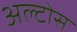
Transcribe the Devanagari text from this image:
अल्टोस